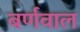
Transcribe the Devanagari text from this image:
बर्णवाल